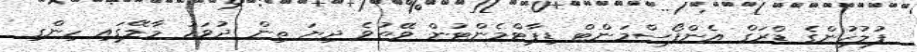
ފުލުހުންގެ ޑްރަގް އެންފޯސްމަންޓް ޑިޕާޓްމެންޓުން ވޭތުވެ ދިޔަ ތިން ދުވަހު މާލޭގައި ހިންގި